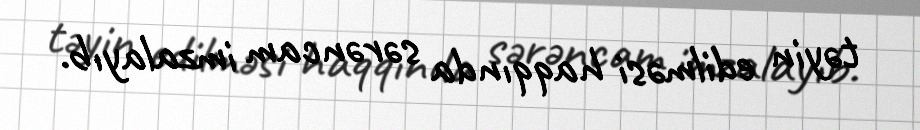
təyin edilməsi haqqında sərəncam imzalayıb.